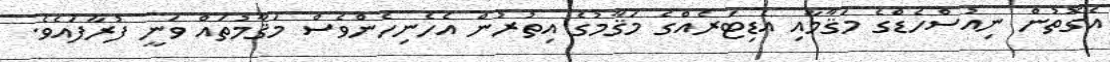
އެގޮތުން ނިއުސްހެޑްގެ މަޤާމާއި އެޑިޓަރެއްގެ މަޤާމުގެ އިތުރުން އެހެނިހެންވެސް މަޤާމުތައް ވަނީ ފުރާފައެވެ.